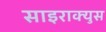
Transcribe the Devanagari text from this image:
साइराक्युस